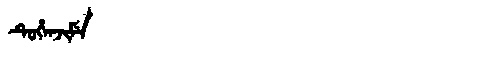
Manchu: ᡨᡠᡥᡝᠨᠵᡳᠮᡝ
Romanization: TUHENJIME